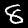
Digit: 8